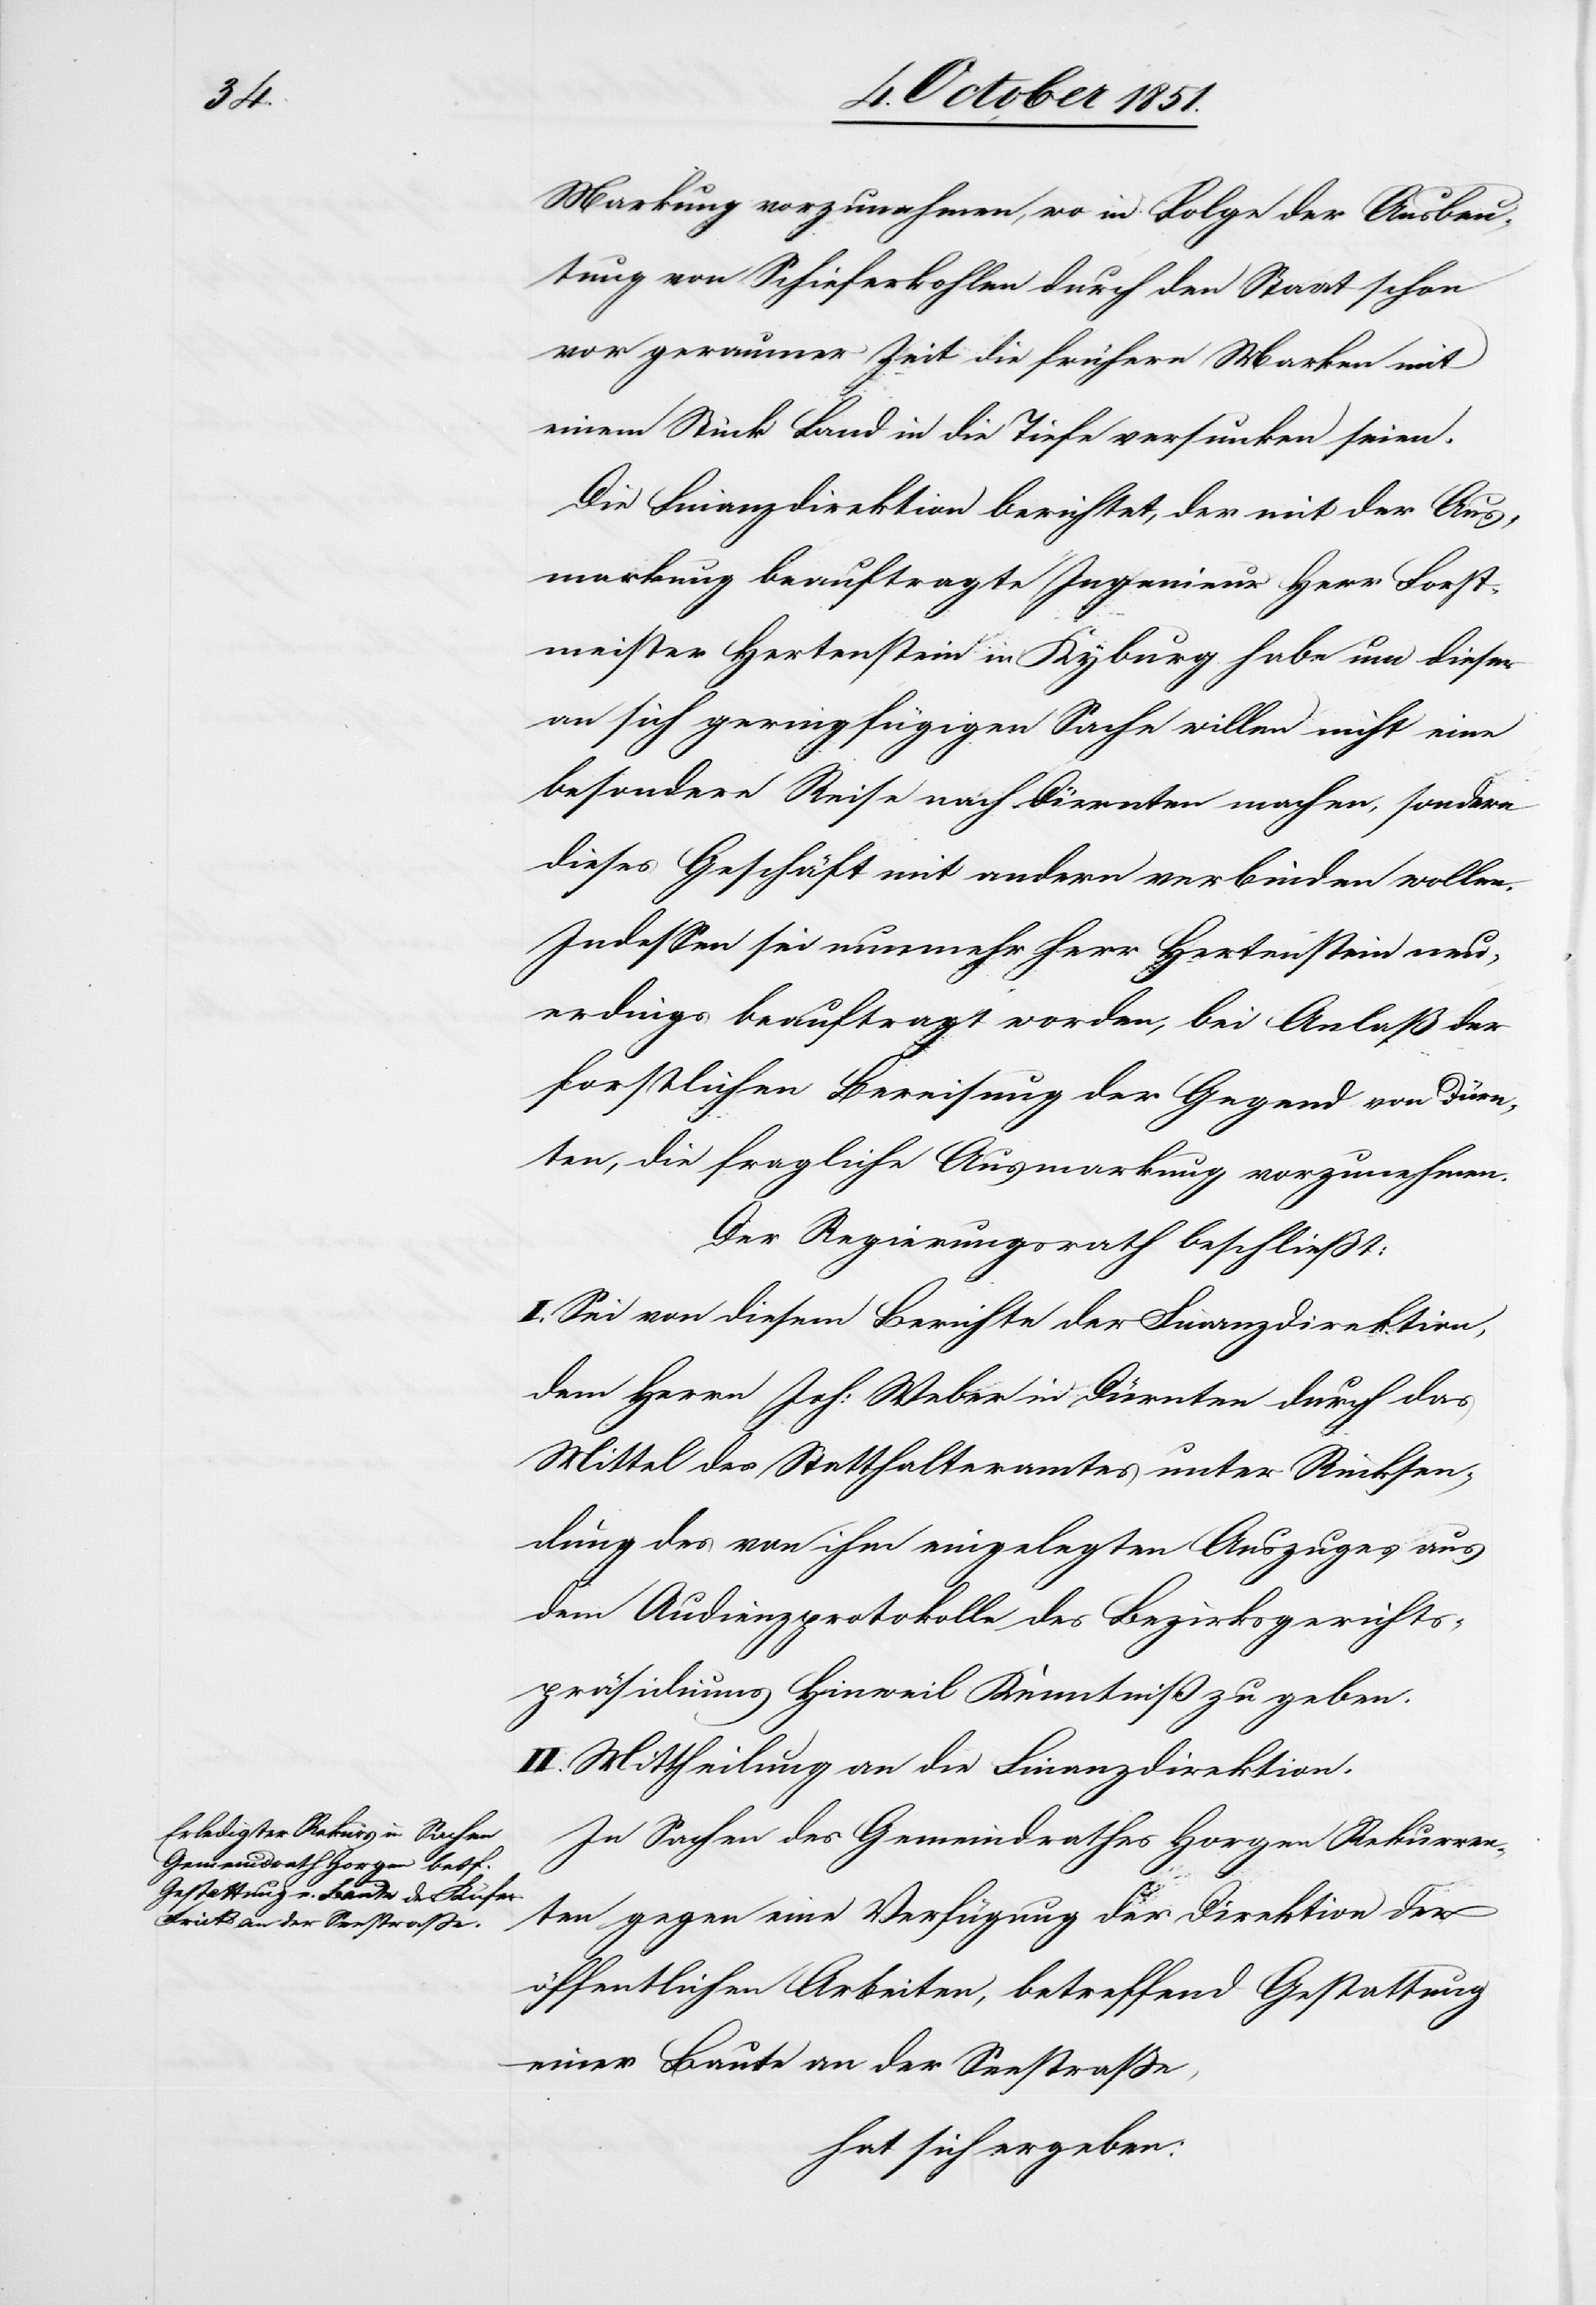
Markung vorzunehmen, wo in Folge der Ausbeu¬
tung von Schieferkohlen durch den Staat schon
vor geraumer Zeit die frühern Marken mit
einem Stück Land in die Tiefe versunken seien.
Die Finanzdirektion berichtet, der mit der Aus¬
markung beauftragte Ingenieur Herr Forst¬
meister Hertenstein in Kyburg habe um dieser
an sich geringfügigen Sache willen nicht eine
besondere Reise nach Dürnten machen, sondern
dieses Geschäft mit andern verbinden wollen.
Indessen sei nunmehr Herr Hertenstein neu¬
erdings beauftragt worden, bei Anlaß der
forstlichen Bereisung der Gegend von Dürn¬
ten, die fragliche Ausmarkung vorzunehmen.
Der Regierungsrath beschließt:
I. Sei von diesem Berichte der Finanzdirektion,
dem Herrn Joh: Weber in Dürnten durch das
Mittel des Statthalteramtes unter Rücksen¬
dung des von ihm eingelegten Auszuges aus
dem Audienzprotokolle des Bezirksgerichts¬
präsidiums Hinweil Kenntniß zu geben.
II. Mittheilung an die Finanzdirektion.
In Sachen des Gemeindrathes Horgen Rekurren¬
ten gegen eine Verfügung der Direktion der
öffentlichen Arbeiten, betreffend Gestattung
einer Baute an der Seestraße,
hat sich ergeben: